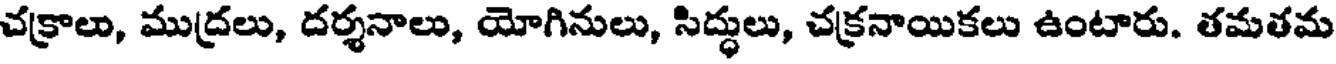
చక్రాలు, ముద్రలు, దర్శనాలు, యోగినులు, సిద్ధులు, చక్రనాయికలు ఉంటారు. తమతమ